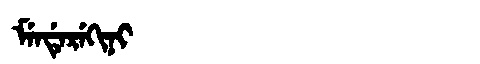
Manchu: ᠮᡝᠨᡩᡝᡵᡝᡴᡳᠨᡳ
Romanization: MENDEREKINI